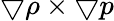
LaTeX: \bigtriangledown\rho\times\bigtriangledown p